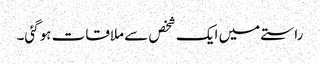
راستے میں ایک شخص سے ملاقات ہوگئی۔